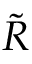
\tilde { R }